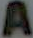
A